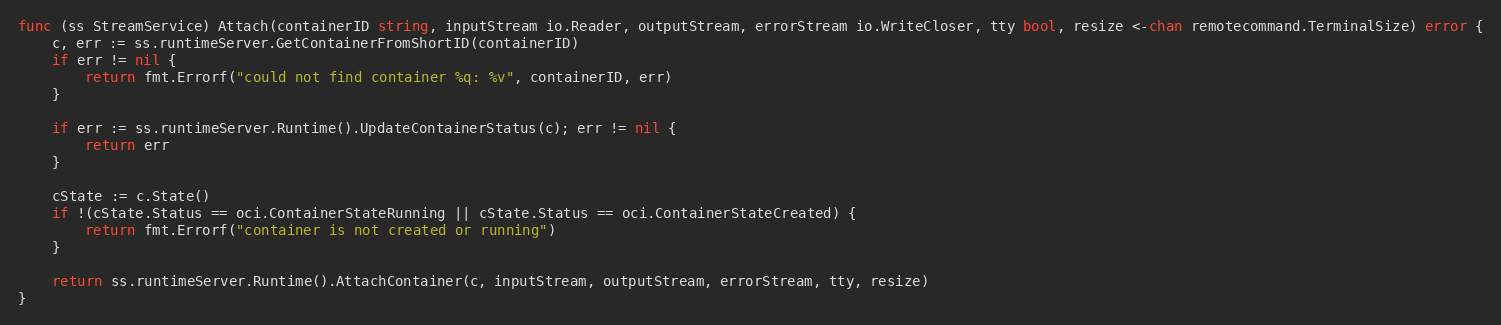
Language: Go
func (ss StreamService) Attach(containerID string, inputStream io.Reader, outputStream, errorStream io.WriteCloser, tty bool, resize <-chan remotecommand.TerminalSize) error {
	c, err := ss.runtimeServer.GetContainerFromShortID(containerID)
	if err != nil {
		return fmt.Errorf("could not find container %q: %v", containerID, err)
	}

	if err := ss.runtimeServer.Runtime().UpdateContainerStatus(c); err != nil {
		return err
	}

	cState := c.State()
	if !(cState.Status == oci.ContainerStateRunning || cState.Status == oci.ContainerStateCreated) {
		return fmt.Errorf("container is not created or running")
	}

	return ss.runtimeServer.Runtime().AttachContainer(c, inputStream, outputStream, errorStream, tty, resize)
}